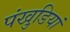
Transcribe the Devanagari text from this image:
पंखुडि़यां